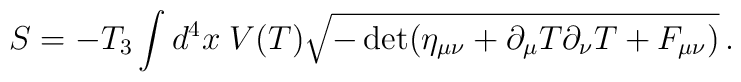
S= -T_3 \int d^4x\; V(T) \sqrt{-\det (\eta_{\mu\nu} +\partial_\mu T\partial_\nu T + F_{\mu\nu})}\, .